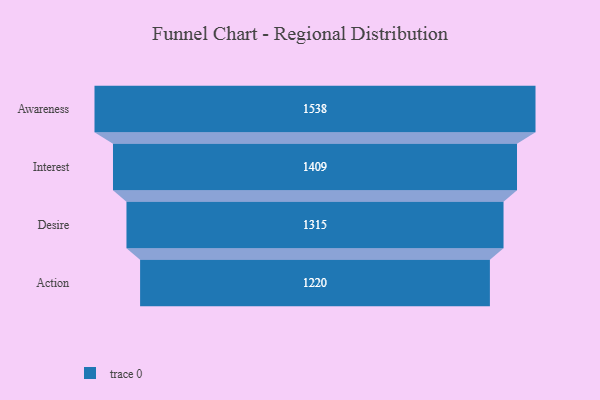
{"axis": {"x": "Stage", "y": "Value"}, "legend": [""], "data": [{"x": "Awareness", "y": 1538.0, "type": ""}, {"x": "Interest", "y": 1409.0, "type": ""}, {"x": "Desire", "y": 1315.0, "type": ""}, {"x": "Action", "y": 1220.0, "type": ""}]}